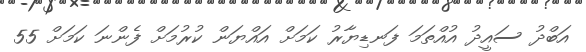
އަބްދު ސައީދު އުއްތަމަ ފަނޑިޔާރު ކަމަށް އައްޔަން ކުރުމަށް ފެންނަ ކަމަށް 55